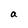
Character: a